65_HS1-834228961_62-HQ-83894_SUB_A
Agency: FBI
Page 2
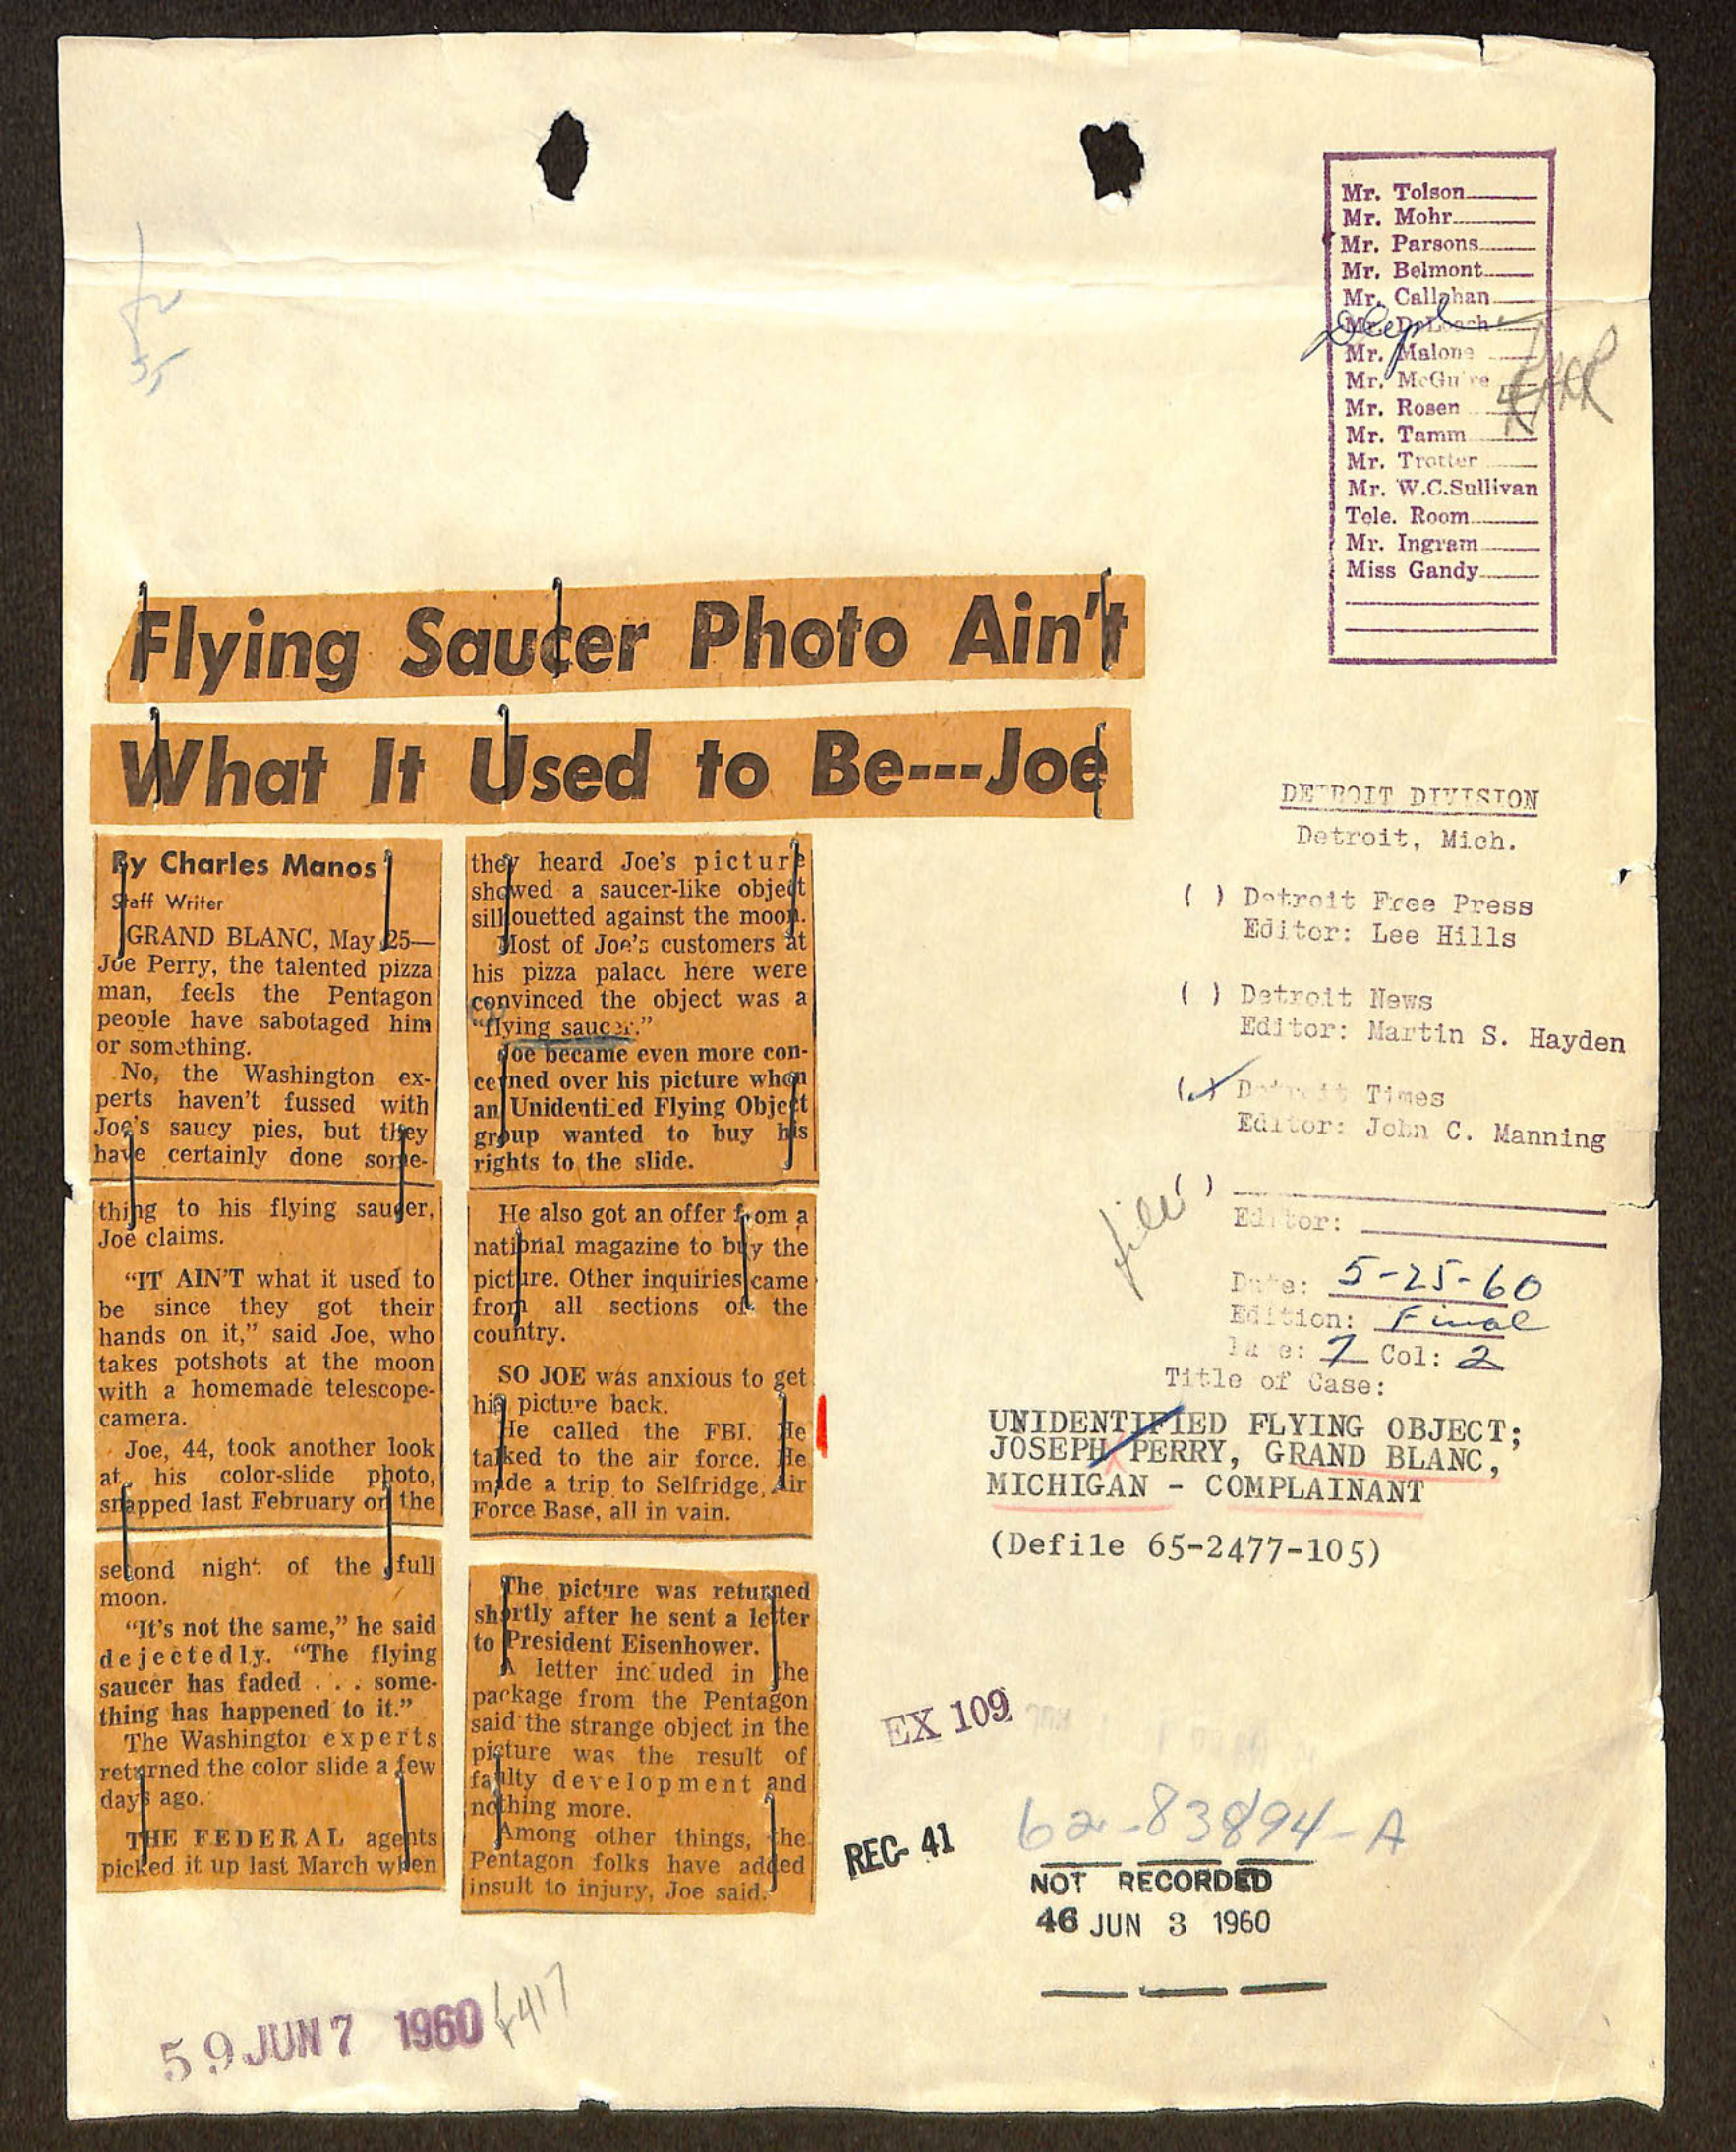